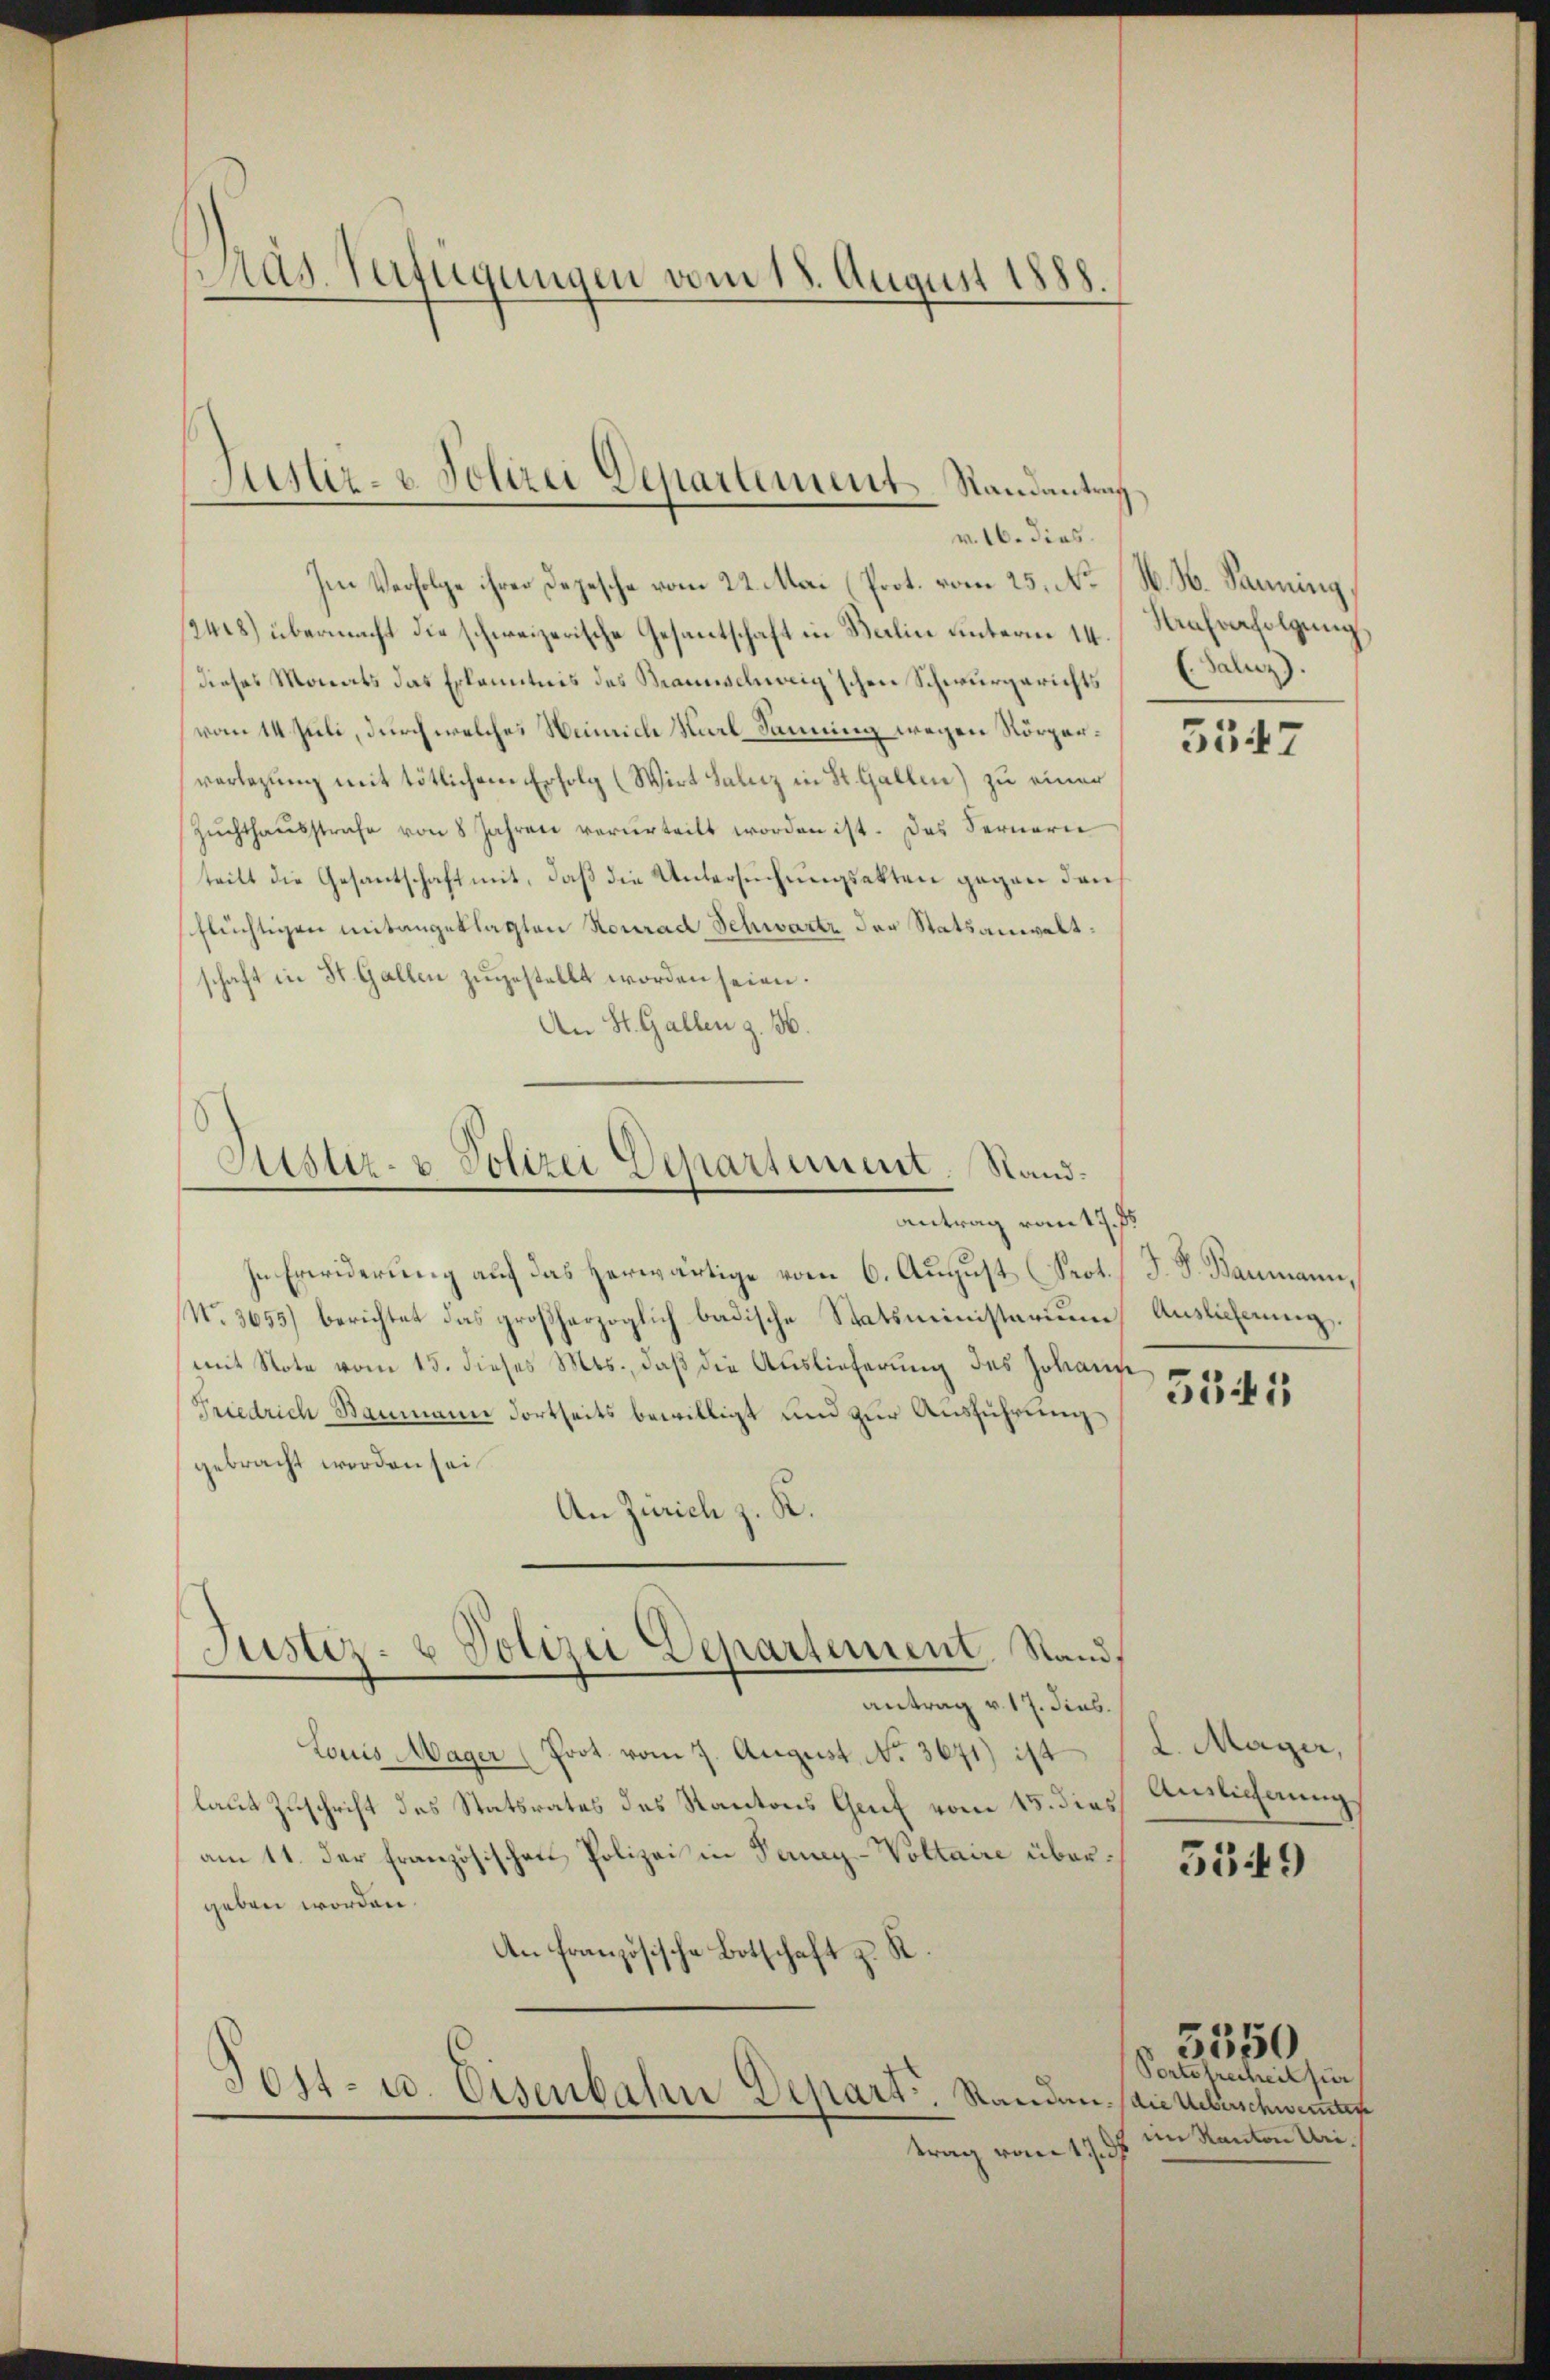
Das Verfügungen vom 18. August 1888

Justiz- & Polizei Departement Randantrag
v. 16. dies

Im Verfolge ihrer Depesche vom 22. Mai (Prot. vom 25. No
12418) übermacht die schweizerische Gesantschaft in Balin unterm 14.
dieses Monats das Erkanntnis des Braunschweig'schen Schwurgerichts
vom 14. Juli, durch welches Weinrich Karl Samung wegen Körperverlegung mit tötlichem Erfolg (Wirt Saluz in St. Gallen) zu einer
Zŭchthaŭsstrafe von 8 Jahren verurteilt worden ist. Das Fernern
teilt die Gesantschaft mit, daß die Untersuchungsakten gegen den
flüchtigen mitangeklagten Konrad Schwartz der Statsanwaltschaft in St. Gallen zugestellt worden seien.
An St. Gallen z. 56.

Justiz- & Polizei Departement. Stand.
antrag von 17. F

Justiz- & Polizei Departement, Stand,

In Erwiderung auf das herwärtige vom 6. August (Sept./ J. J. Baumann,
No. 3655) berichtet das großherzoglich badische Statsministerium
mit Note vom 15. dieses Mts., daß die Auslieferung des Johann
Friedrich Baumann dortseits bewilligt und zur Ausführungs
gebracht worden sei
An Zürich z. K.
Antrag v. 17. Sies.
Louis Mager (Prot. vom 7. August, No. 3671) ist
laut Zuschrift des Statsrates des Kantons Genf vom 15. dies
am 11. der Französischen Polizei in Teney-Voltaire übergeben worden.
An Französische Botschaft z. R.
Post- u. Eisenbahn Depart. Standen. Die beschwemmten
trag vom 17. d

N. N. Sanning
Mahverfolgung.
(Saluz).

5547

Auslieferung.

5541

L. Maÿer,
Anlichnung

5549

5550
Portofrecheit für
im Kanton Uri.